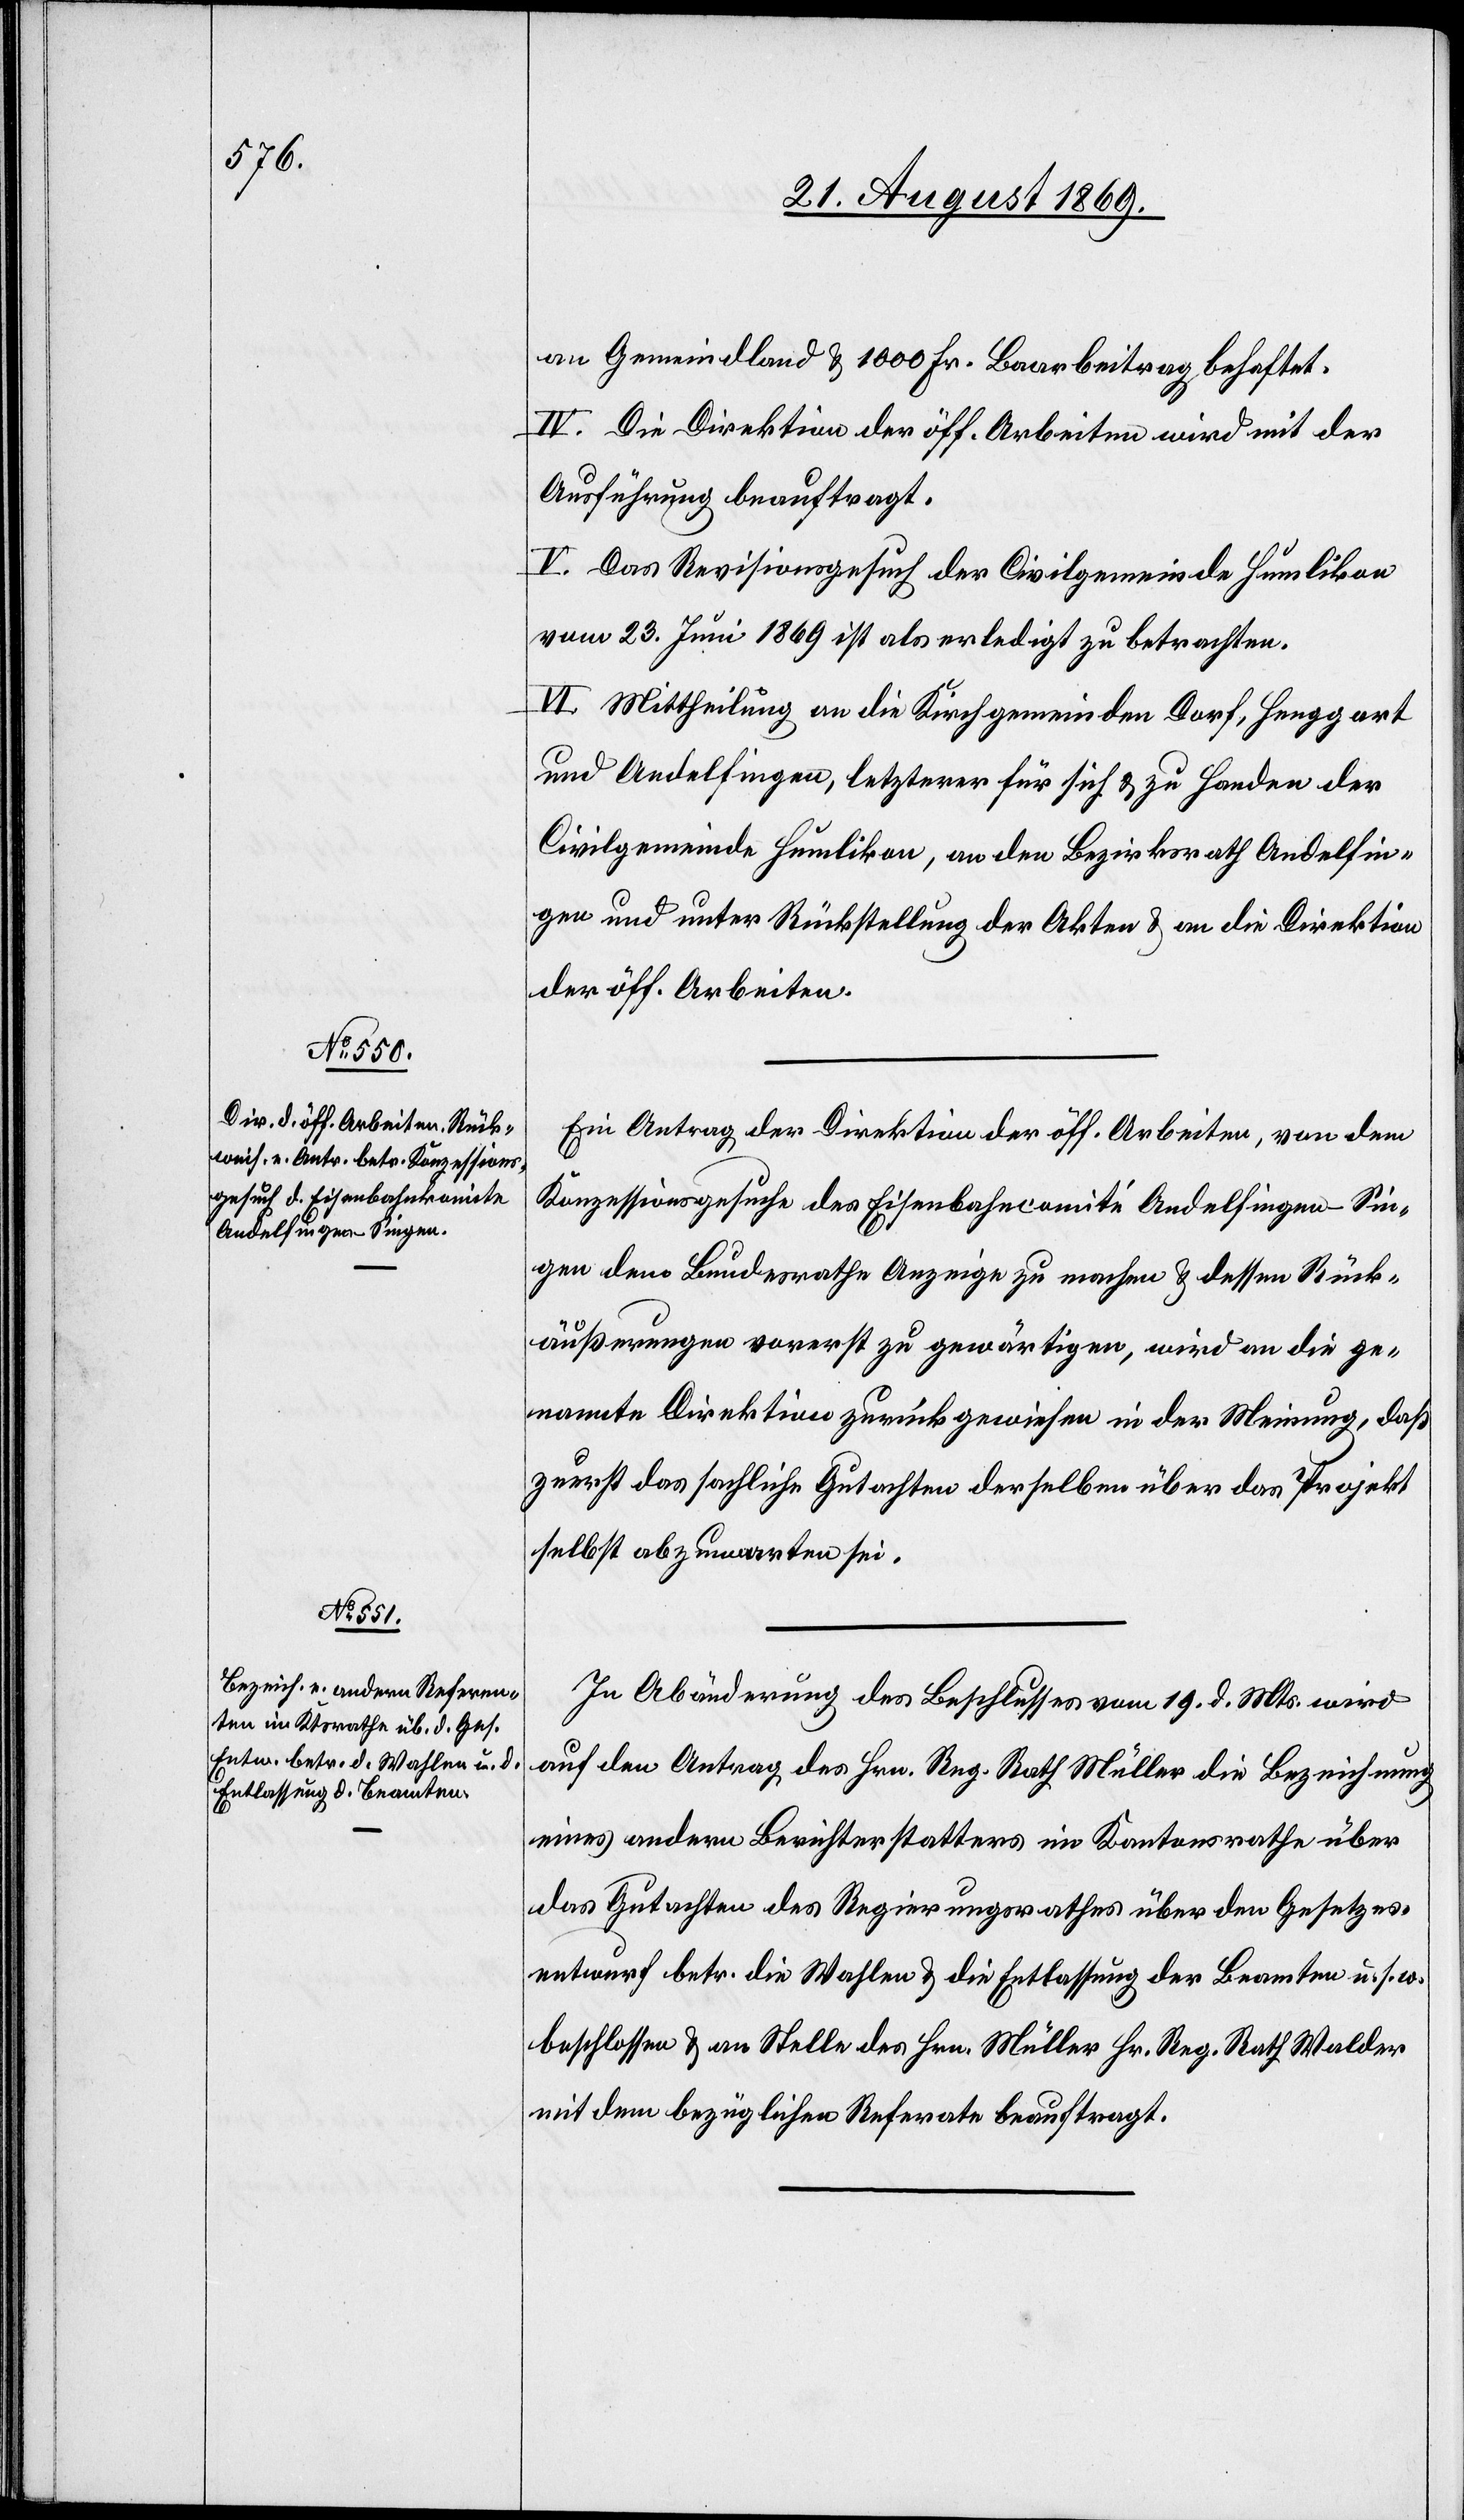
an Gemeindland & 1000 Fr. Baarbeitrag behaftet.
IV. Die Direktion der öff. Arbeiten wird mit der
Ausführung beauftragt.
V. Das Revisionsgesuch der Civilgemeinde Humlikon
vom 23. Juni 1869 ist als erledigt zu betrachten.
VI. Mittheilung an die Kirchgemeinden Dorf, Henggart
und Andelfingen, letzterer für sich & zu Handen der
Civilgemeinde Humlikon, an den Bezirksrath Andelfin¬
gen und unter Rückstellung der Akten & an die Direktion
der öff. Arbeiten.
Ein Antrag der Direktion der öff. Arbeiten, von dem
Konzessionsgesuche des Eisenbahncomité Andelfingen–Sin¬
gen dem Bundesrathe Anzeige zu machen & dessen Rück¬
äußerungen vorerst zu gewärtigen, wird an die ge¬
nannte Direktion zurückgewiesen in der Meinung, daß
zuerst das sachliche Gutachten derselben über das Projekt
selbst abzuwarten sei.
In Abänderung des Beschlusses vom 19. d. Mts. wird
auf den Antrag des Hrn. Reg. Rath Müller die Bezeichnung
eines andern Berichterstatters im Kantonsrathe über
das Gutachten des Regierungsrathes über den Gesetzes¬
entwurf betr. die Wahlen & die Entlassung der Beamten u. s. w.
beschlossen & an Stelle des Hrn. Müller Hr. Reg. Rath Walder
mit dem bezüglichen Referate beauftragt.